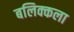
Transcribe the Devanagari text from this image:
बलिक्कला